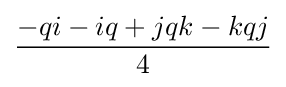
{\frac {-qi-iq+jqk-kqj}{4}}